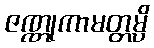
ဇဏ္ဏုကာမတ္တမ္ပိ